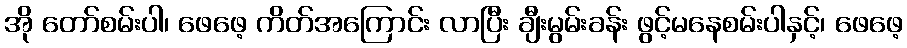
အို တော်စမ်းပါ၊ ဖေဖေ့ ကိတ်အကြောင်း လာပြီး ချီးမွမ်းခန်း ဖွင့်မနေစမ်းပါနှင့်၊ ဖေဖေ့